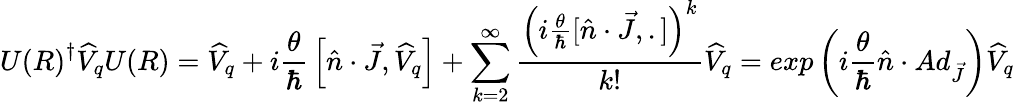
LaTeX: {U(R)}^{\dagger}{\widehat{V}}_{q}U(R)={\widehat{V}}_{q}+i{\frac{\theta}{\hbar}}\left[{\hat{n}}\cdot{\vec{J}},{\widehat{V}}_{q}\right]+\sum_{k=2}^{\infty}{\frac{\left(i{\frac{\theta}{\hbar}}[{\hat{n}}\cdot{\vec{J}},.]\right)^{k}}{k!}}{\widehat{V}}_{q}=exp\left({i{\frac{\theta}{\hbar}}{\hat{n}}\cdot Ad_{\vec{J}}}\right){\widehat{V}}_{q}